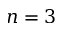
n = 3